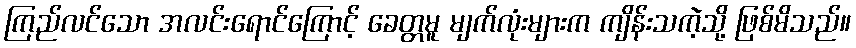
ကြည်လင်သော အလင်းရောင်ကြောင့် ခေတ္တမူ မျက်လုံးများက ကျိန်းသကဲ့သို့ ဖြစ်မိသည်။